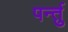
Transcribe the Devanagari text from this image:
पर्न्तु